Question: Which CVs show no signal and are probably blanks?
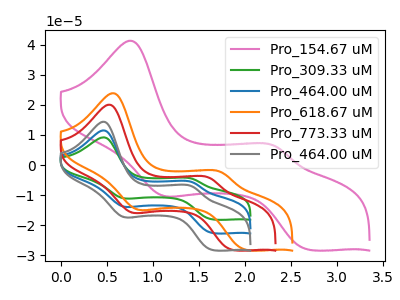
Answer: <think>The pink curve "Pro_154.67 uM" has anodic peaks at (0.75V, 41.35uA) (2.30V, 6.35uA) and cathodic peaks at (1.10V, -10.05uA) (2.70V, -28.10uA). The green curve "Pro_309.33 uM" has anodic peaks at (0.45V, 23.05uA) (1.45V, -11.35uA) and cathodic peaks at (0.70V, -27.45uA) (1.65V, -45.15uA). The blue curve "Pro_464.00 uM" has anodic peaks at (0.45V, 11.55uA) (1.45V, -5.70uA) and cathodic peaks at (0.70V, -13.75uA) (1.65V, -22.60uA). The orange curve "Pro_618.67 uM" has anodic peaks at (0.55V, 23.90uA) (1.75V, -2.35uA) and cathodic peaks at (0.85V, -14.65uA) (2.00V, -28.20uA). The red curve "Pro_773.33 uM" has anodic peaks at (0.55V, 20.10uA) (1.60V, -4.25uA) and cathodic peaks at (0.75V, -15.65uA) (1.85V, -28.20uA). The gray curve "Pro_464.00 uM" has anodic peaks at (0.45V, 14.40uA) (1.45V, -7.10uA) and cathodic peaks at (0.70V, -17.15uA) (1.65V, -28.25uA).</think>
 <answer>There are not any CV's on this graph that are likely to be blanks.</answer>
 <eval>none</eval>